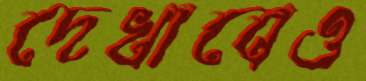
দেখাবেও